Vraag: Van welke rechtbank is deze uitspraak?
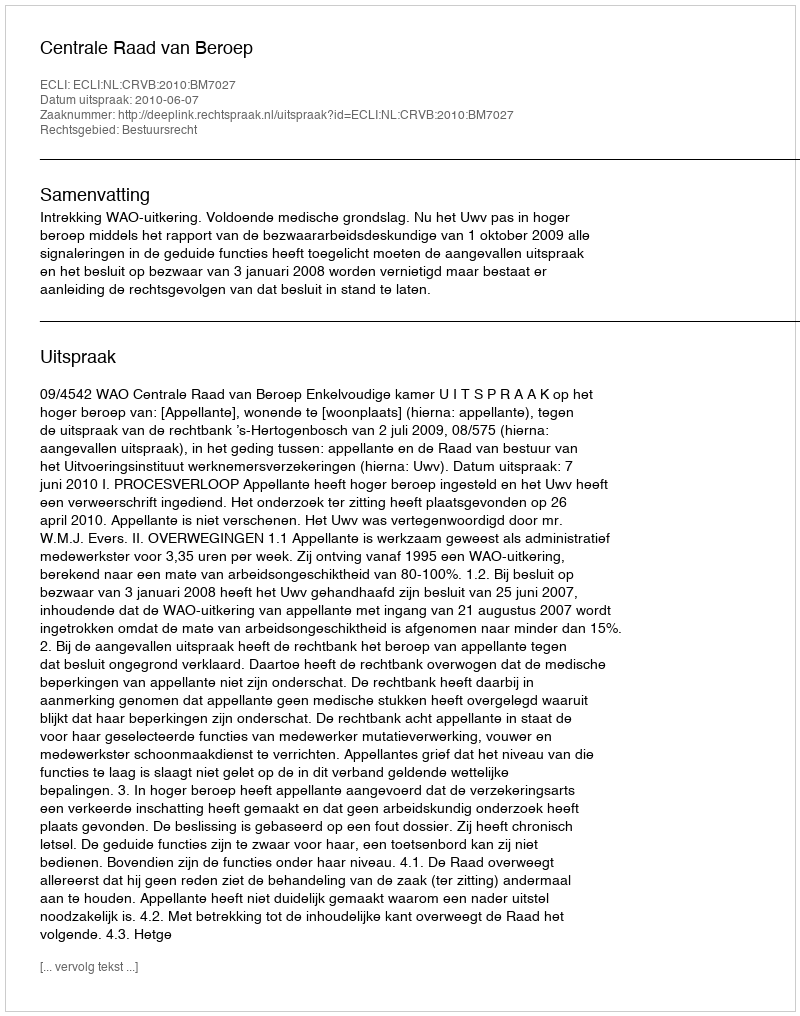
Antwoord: Centrale Raad van Beroep